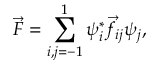
\vec { F } = \sum _ { i , j = - 1 } ^ { 1 } \psi _ { i } ^ { * } \vec { f } _ { i j } \psi _ { j } ,